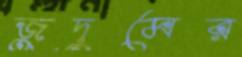
জুদুমের